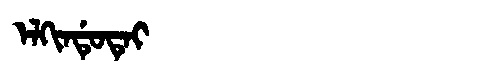
Manchu: ᡝᠯᡴᡳᠨᡩᡠᡨᡝᡳ
Romanization: ELKINDUTEI